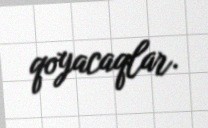
qoyacaqlar.